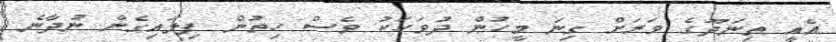
އެއީ ތިނަދޫގެ ވަރަށް ގިނަ މީހުން ދުވަހަކު ވެސް ހިތުން ފިލައިގެން ނުދާނެ